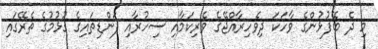
މި ދެ ބޭފުޅުންގެ ވާހަކަ ދިވެހިރާއްޖޭގެ ވެރިކަމާއި ސިހުރާއި ފަންޑިތައިގެ ގުޅުމުގެ ތެރޭގައި